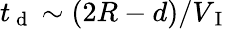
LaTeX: t_{\mathrm{~d~}}\sim(2R-d)/V_{\mathrm{~I~}}